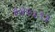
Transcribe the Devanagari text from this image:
३४२३१३